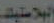
البلاستيك